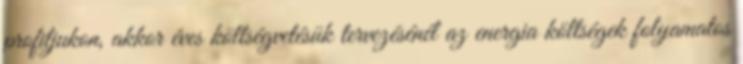
profiljukon, akkor éves költségvetésük tervezésénél az energia költségek folyamatos